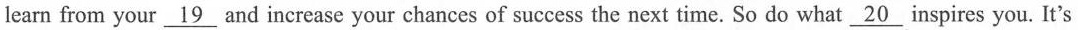
learn from your \underline{19} and increase your chances of success the next time. So do what \underline{20} inspires you. It's